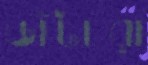
ডাঁটারা